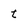
Character: t